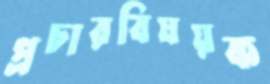
প্রচারবিষয়ক